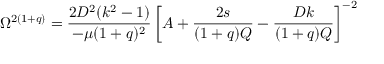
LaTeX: \Omega ^ { 2 ( 1 + q ) } = \frac { 2 D ^ { 2 } ( k ^ { 2 } - 1 ) } { - \mu ( 1 + q ) ^ { 2 } } \left[ A + \frac { 2 s } { ( 1 + q ) Q } - \frac { D k } { ( 1 + q ) Q } \right] ^ { - 2 }